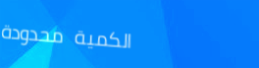
الكمية محدودة